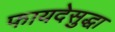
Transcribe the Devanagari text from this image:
फायदेसुद्धा